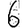
Digit: 6